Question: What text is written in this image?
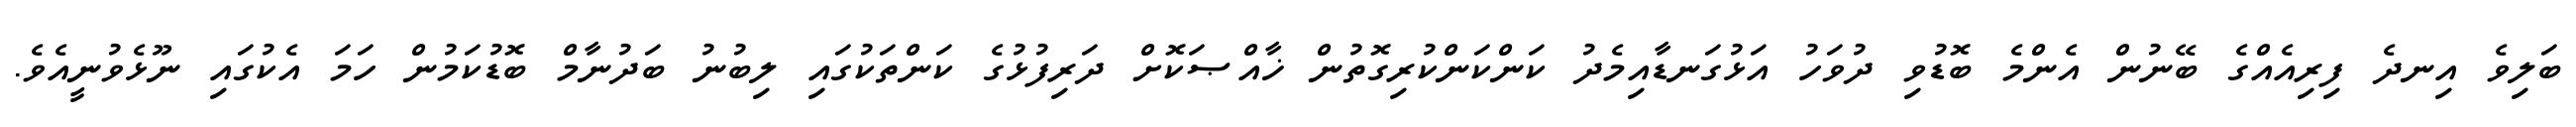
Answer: ބަލިވެ އިނދެ ފިރިއެއްގެ ބޭނުން އެންމެ ބޮޑުވި ދުވަހު އަޅުގަނޑާއިމެދު ކަންކަންކުރިގޮތުން ޚާއްޞަކޮށް ދަރިފުޅުގެ ކަންތަކުގައި ލިބުނު ބަދުނާމް ބޮޑުކަމުން ހަމަ އެކުގައި ނޫޅެވުނީއެވެ.